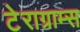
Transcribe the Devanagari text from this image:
टेराग्राम्स